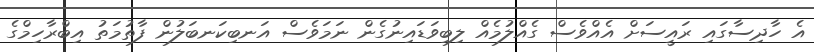
އެ ހާދިސާގައި ރައީސަށް އެއްވެސް ގެއްލުމެއް ލިބިވަޑައިނުގެން ނަމަވެސް އަނބިކަނބަލުން ފާތުމަތު އިބްރާހިމްގެ